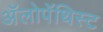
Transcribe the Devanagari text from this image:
अॅलोपॅथिस्ट